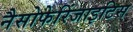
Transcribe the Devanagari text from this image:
नैसोफेरिंजाइटिस